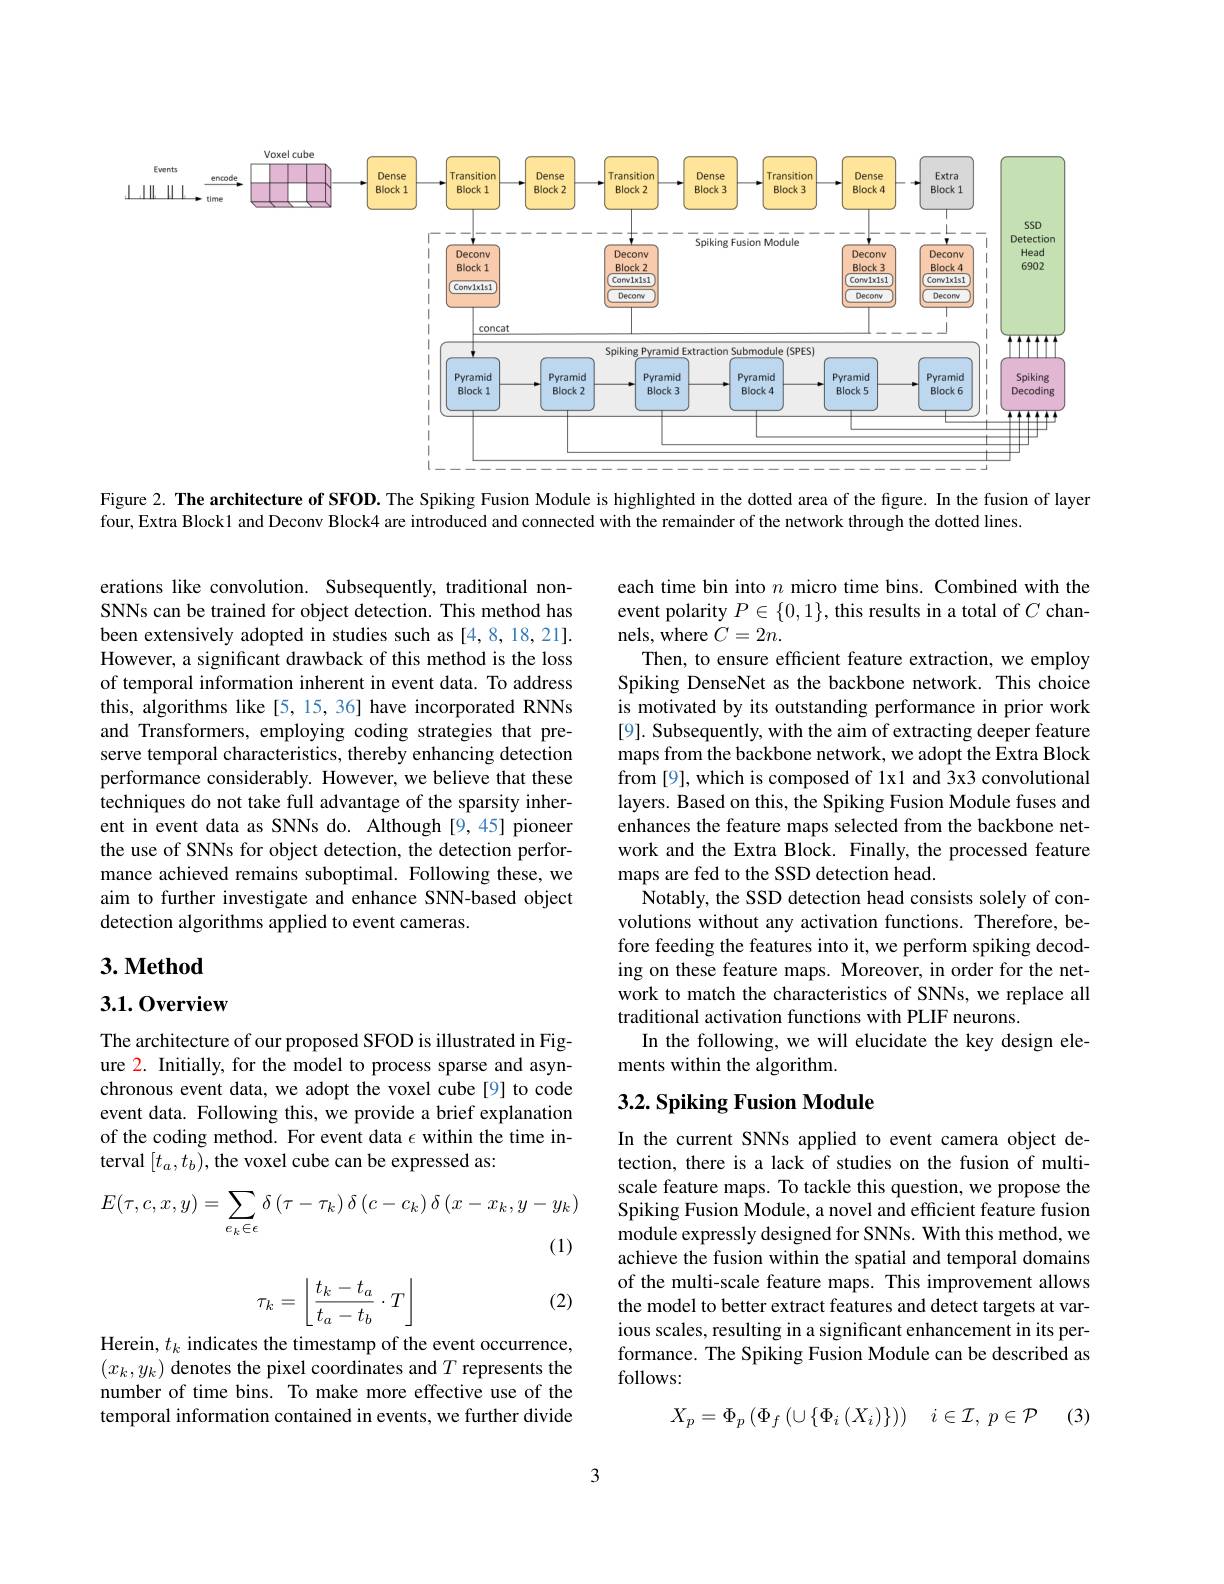
<FigureHere>

Figure 2. The architecture of SFOD. The Spiking Fusion Module is highlighted in the dotted area of the figure. In the fusion of layer

four, Extra Block1 and Deconv Block4 are introduced and connected with the remainder of the network through the dotted lines.

erations like convolution. Subsequently, traditional nonSNNs can be trained for object detection. This method has been extensively adopted in studies such as [4,8,18,21]. However, a significant drawback of this method is the loss of temporal information inherent in event data. To address this, algorithms like[5,15,36] have incorporated RNNs and Transformers, employing coding strategies that preserve temporal characteristics, thereby enhancing detection performance considerably. However, we believe that these techniques do not take full advantage of the sparsity inherent in event data as SNNs do. Although [9,45] pioneer the use of SNNs for object detection, the detection performance achieved remains suboptimal. Following these, we aim to further investigate and enhance SNN-based object detection algorithms applied to event cameras.

each time bin into $n$ micro time bins. Combined with the event polarity $P\in\{0,1\}$, this results in a total of $C$ channels, where $C=2n.$
Then, to ensure efficient feature extraction, we employ Spiking DenseNet as the backbone network. This choice is motivated by its outstanding performance in prior work [9]. Subsequently, with the aim of extracting deeper feature maps from the backbone network, we adopt the Extra Block from [9], which is composed of 1x1 and 3x3 convolutional layers. Based on this, the Spiking Fusion Module fuses and enhances the feature maps selected from the backbone network and the Extra Block. Finally, the processed feature maps are fed to the SSD detection head.
Notably, the SSD detection head consists solely of convolutions without any activation functions. Therefore, before feeding the features into it, we perform spiking decoding on these feature maps. Moreover, in order for the network to match the characteristics of SNNs, we replace all traditional activation functions with PLIF neurons.
In the following, we will elucidate the key design ele-
ments within the algorithm.

## $3. \textbf{Method}$

### 3.1.0verview

The architecture of our proposed SFOD is illustrated in Figure 2. Initially, for the model to process sparse and asynchronous event data, we adopt the voxel cube[9] to code event data. Following this, we provide a brief explanation of the coding method. For event data $\epsilon$ within the time interval $[t_a,t_b)$, the voxel cube can be expressed as:

## 3.2. Spiking Fusion Module
$$\begin{aligned}E(\tau,c,x,y)=\sum_{e_{k}\in\epsilon}\delta\left(\tau-\tau_{k}\right)\delta\left(c-c_{k}\right)\delta\left(x-x_{k},y-y_{k}\right)\\(1)\end{aligned}$$
In the current SNNs applied to event camera object detection, there is a lack of studies on the fusion of multiscale feature maps. To tackle this question, we propose the Spiking Fusion Module, a novel and efficient feature fusion module expressly designed for SNNs. With this method, we achieve the fusion within the spatial and temporal domains of the multi-scale feature maps. This improvement allows the model to better extract features and detect targets at various scales, resulting in a significant enhancement in its performance. The Spiking Fusion Module can be described as follows:
$$\tau_k=\left\lfloor\frac{t_k-t_a}{t_a-t_b}\cdot T\right\rfloor $$
(2)

Herein, $t_k$ indicates the timestamp of the event occurrence, $(x_k,y_k)$ denotes the pixel coordinates and $T$ represents the number of time bins. To make more effective use of the temporal information contained in events, we further divide
$$X_{p}=\Phi_{p}\left(\Phi_{f}\left(\cup\{\Phi_{i}\left(X_{i}\right)\}\right)\right)\quad i\in\mathcal{I},\:p\in\mathcal{P}$$
(3)

3